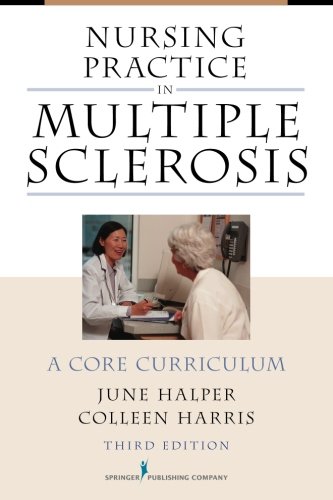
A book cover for Nursing Practice in Multiple Sclerosis, Third Edition: A Core Curriculum; Colleen Harris NP  MN  MSCN; Health, Fitness & Dieting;